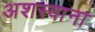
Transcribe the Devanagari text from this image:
अशस्वाना